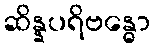
ဆိန္နပရိဗန္ဓော